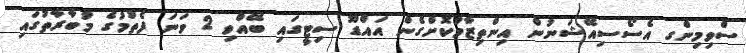
ސްވިމިންގ އެސޯސިއޭޝަނުން އިންތިޒާމުކޮށްގެން އައްޑޫ ސިޓީގައި ބޭއްވި 2 ވަނަ ފެތުމުގެ މުބާރާތުގައި